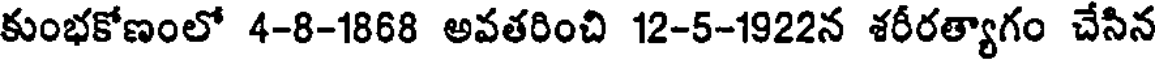
కుంభకోణంలో 4-8-1868 అవతరించి 12-5-1922న శరీరత్యాగం చేసిన